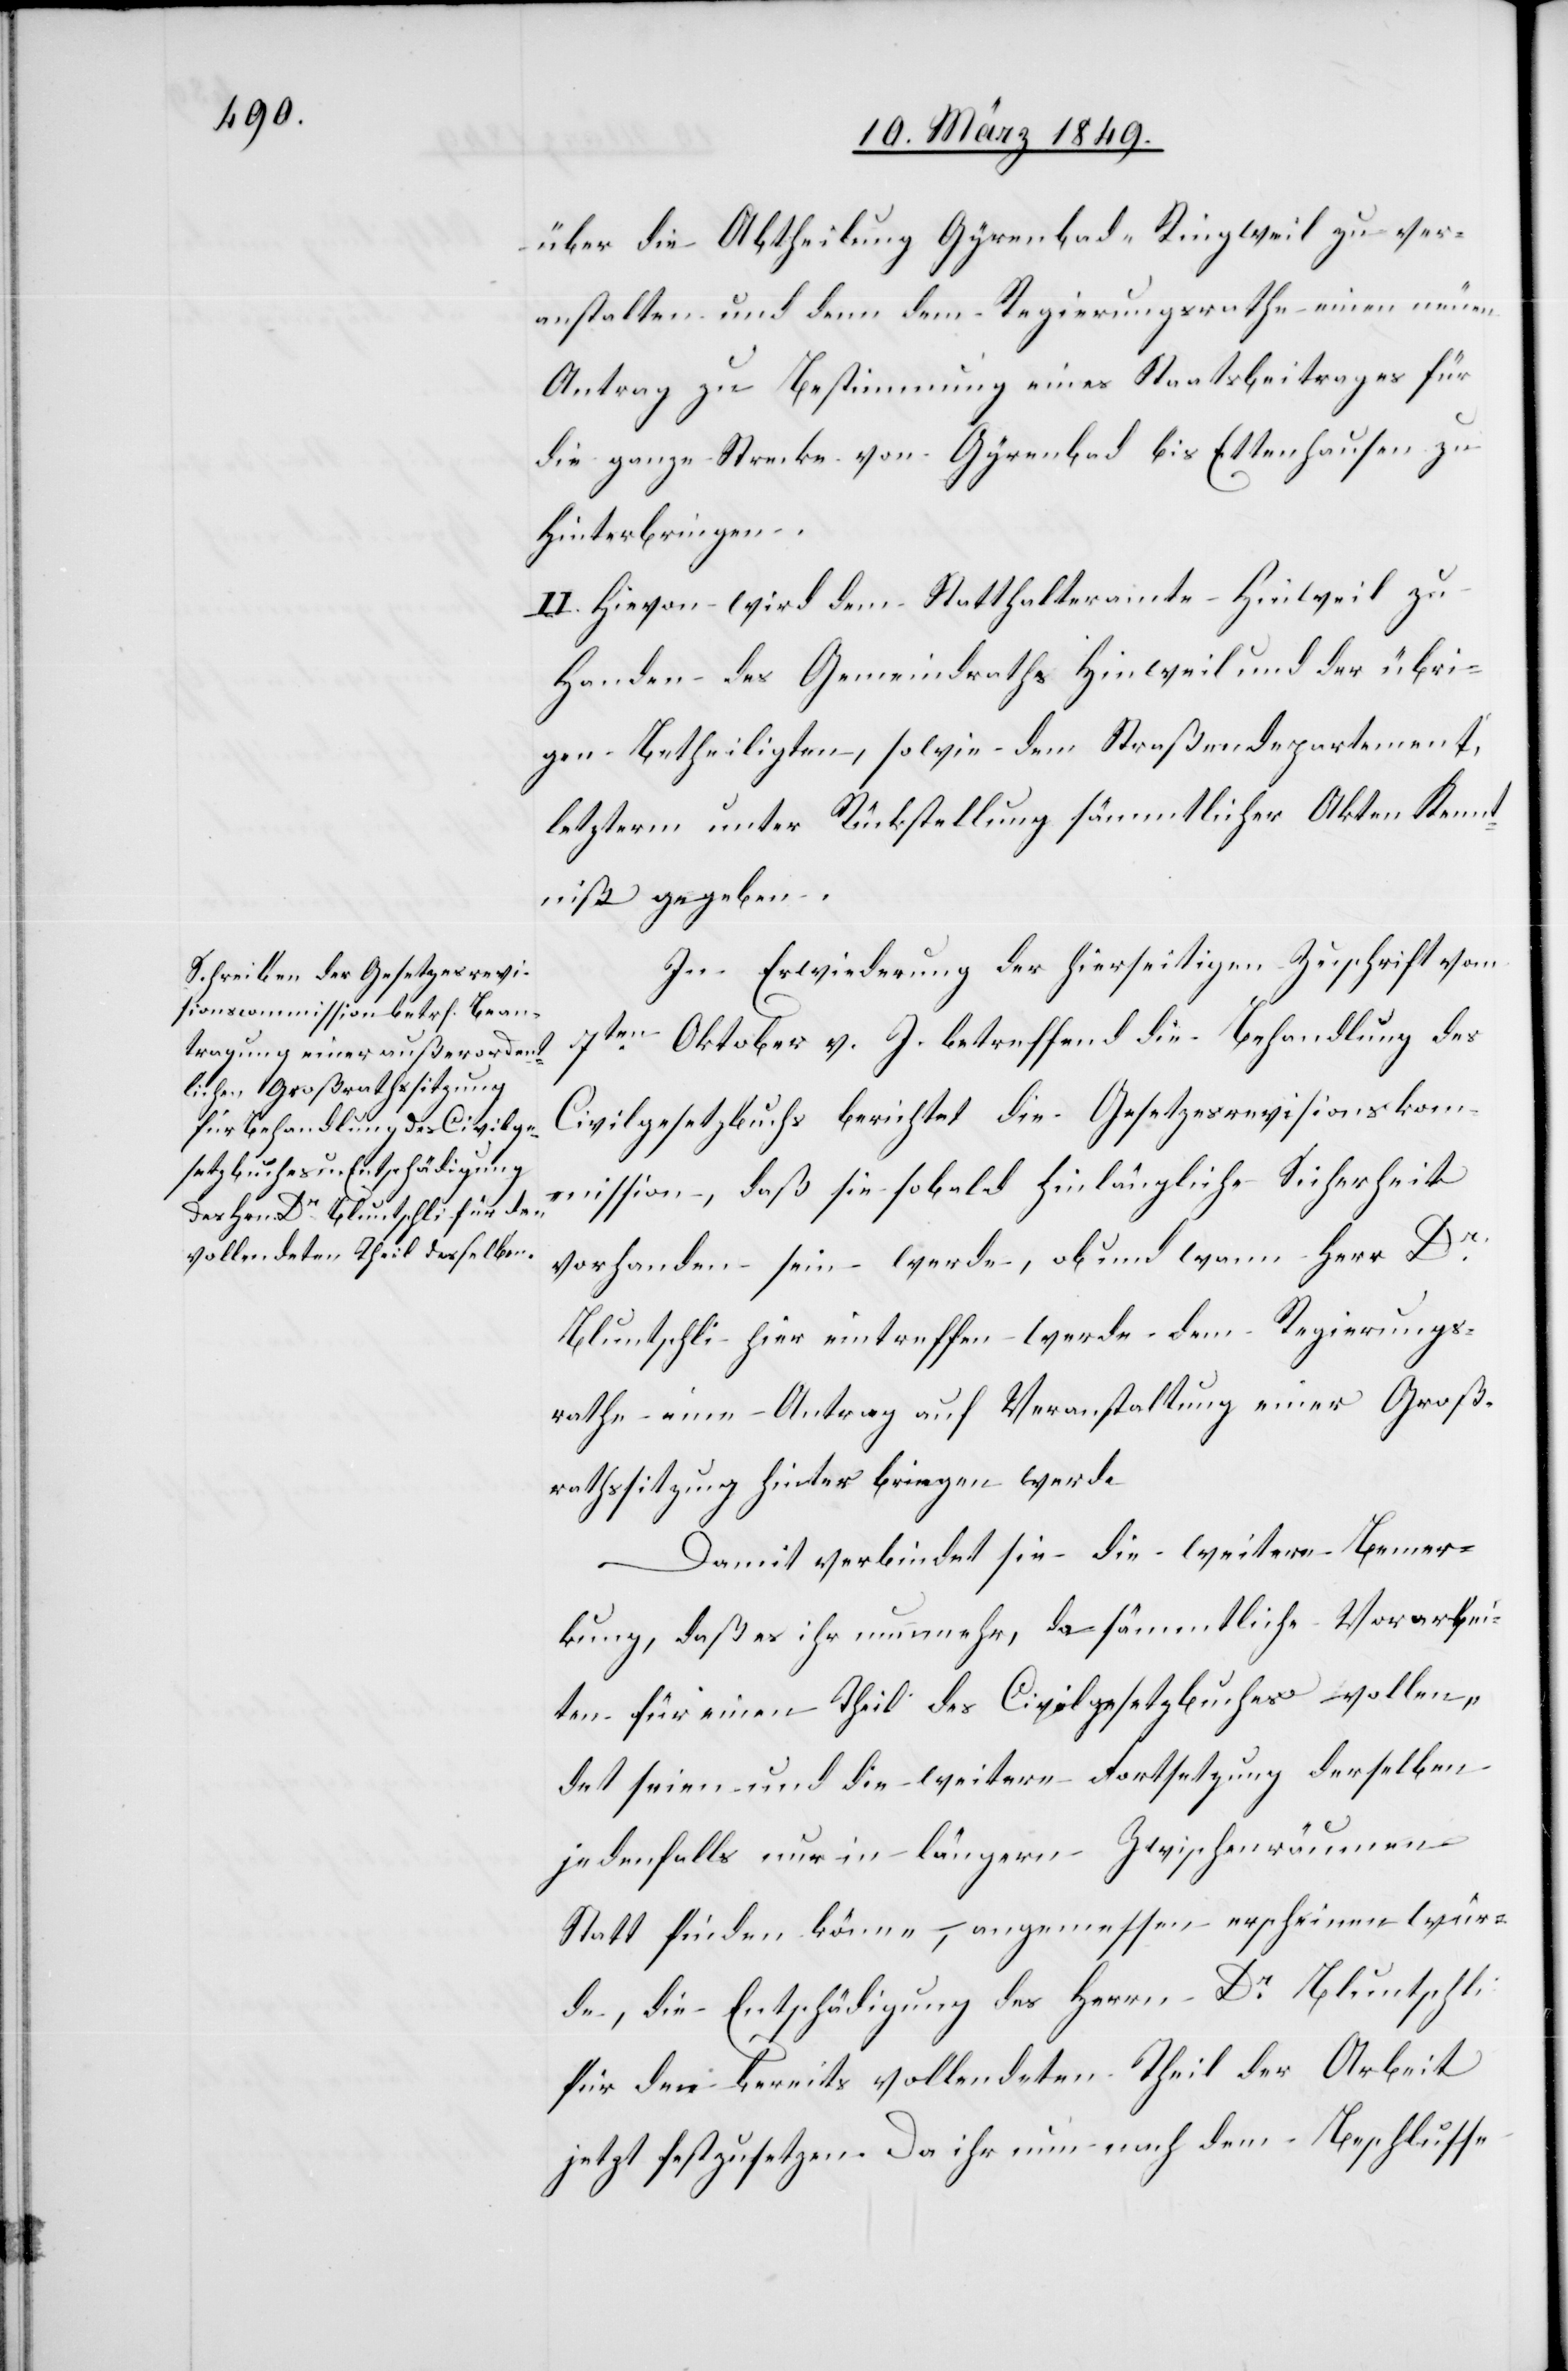
über die Abtheilung Gyrenbad-Ringweil zu ver¬
anstalten und denn dem Regierungsrathe einen neuen
Antrag zu Bestimmung eines Staatsbeitrages für
die ganze Strecke von Gyrenbad bis Ettenhausen zu
hinterbringen.
II. Hievon wird dem Statthalteramte Hinweil zu
Handen des Gemeindraths Hinweil und der übri¬
gen Betheiligten, sowie dem Straßendepartement,
letzterm unter Rückstellung sämmtlicher Akten Kennt¬
niß gegeben.
In Erwiederung der hierseitigen Zuschrift vom
7ten. Oktober v. J. betreffend die Behandlung des
Civilgesetzbuchs berichtet die Gesetzesrevisionskom¬
mission, daß sie sobald hinlängliche Sicherheit
vorhanden sein werde, ob und wann Herr Dr.
Bluntschli hier eintreffen werde dem Regierungs¬
rathe einen Antrag auf Veranstaltung einer Groß¬
rathssitzung hinterbringen werde.
Damit verbindet sie die weitere Bemer¬
kung, daß es ihr nunmehr, da sämmtliche Vorarbei¬
ten für einen Theil des Civilgesetzbuches vollen¬
det seien und die weitere Fortsetzung derselben
jedenfalls nur in längern Zwischenräumen
Statt finden könne, angemessen erscheinen wür¬
de, die Entschädigung des Herrn Dr. Bluntschli
für den bereits vollendeten Theil der Arbeit
jetzt festzusetzen. Da ihr nun nach dem Beschlusse